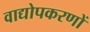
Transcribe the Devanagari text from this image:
वाद्योपकरणों